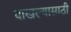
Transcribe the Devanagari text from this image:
दाखल्यासाठी